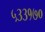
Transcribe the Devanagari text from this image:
५३३१७०